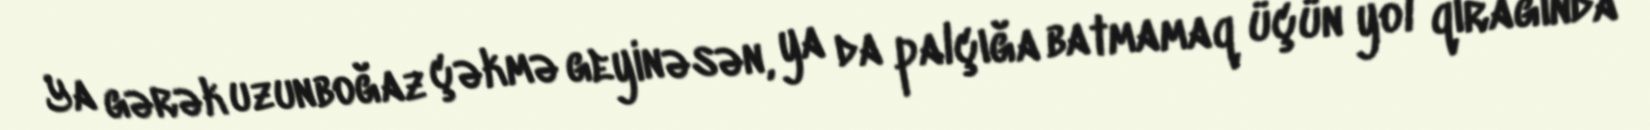
Ya gərək uzunboğaz çəkmə geyinəsən, ya da palçığa batmamaq üçün yol qırağında